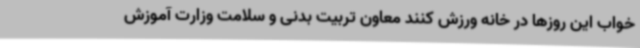
خواب این روزها در خانه ورزش کنند معاون تربیت بدنی و سلامت وزارت آموزش